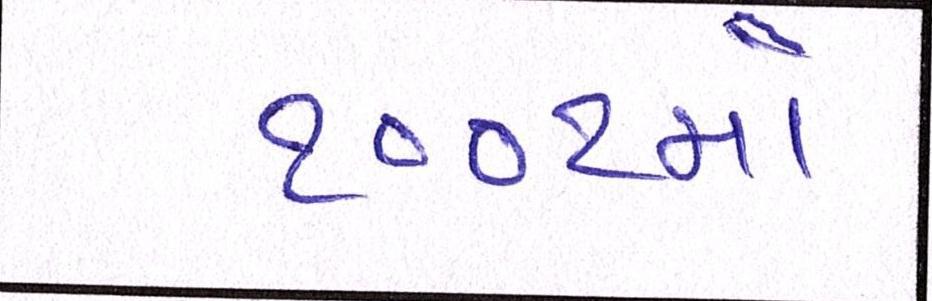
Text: ૧૦૦૧મો